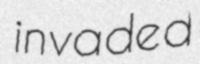
invaded